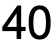
40